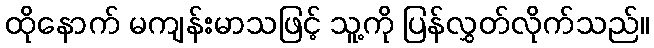
ထိုနောက် မကျန်းမာသဖြင့် သူ့ကို ပြန်လွှတ်လိုက်သည်။